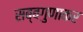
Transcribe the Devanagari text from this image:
सब्बगुणाकर